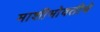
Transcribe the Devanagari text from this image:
माशीभोवतीचे